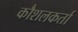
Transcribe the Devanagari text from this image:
कौशलकर्ता